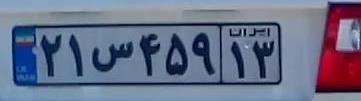
۲۱س۴۵۹۱۳